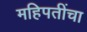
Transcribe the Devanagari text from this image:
महिपतींचा